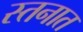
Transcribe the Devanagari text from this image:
स्तनात